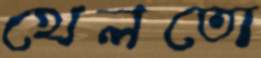
খেলতো